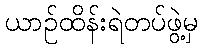
ယာဉ်ထိန်းရဲတပ်ဖွဲ့မှ